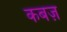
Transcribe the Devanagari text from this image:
कबज़